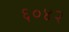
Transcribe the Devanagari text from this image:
६०४२